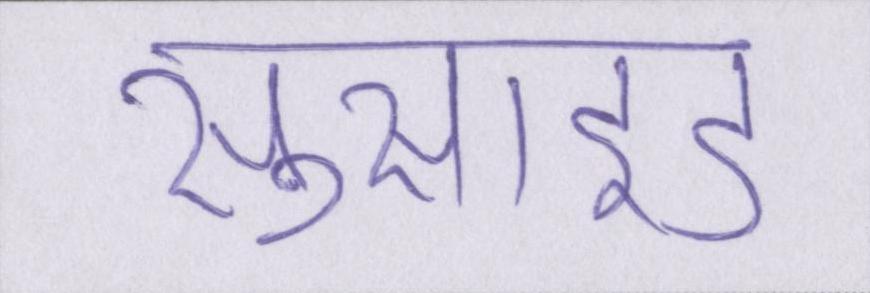
सुसाइड